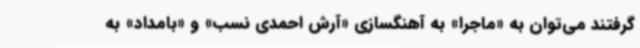
گرفتند می‌توان به «ماجرا» به آهنگسازی «آرش احمدی نسب» و «بامداد» به